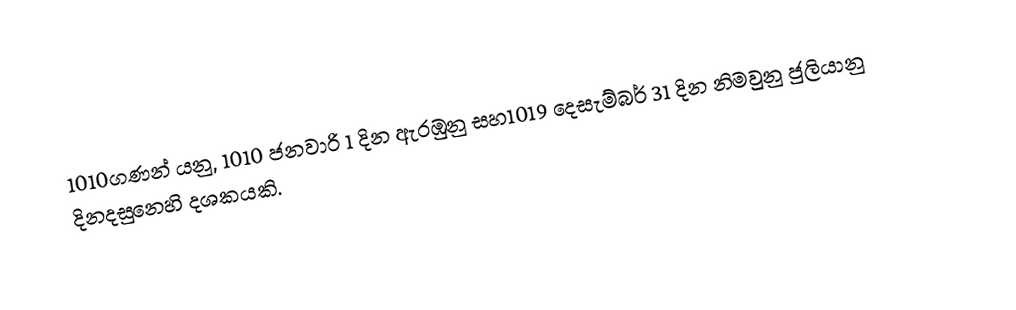
1010ගණන් යනු, 1010 ජනවාරි 1 දින ඇරඹුනු සහ1019 දෙසැම්බර් 31 දින නිමවුනු ජුලියානු දිනදසුනෙහි දශකයකි.